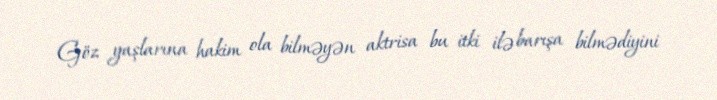
Göz yaşlarına hakim ola bilməyən aktrisa bu itki ilə barışa bilmədiyini